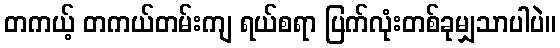
တကယ့် တကယ်တမ်းကျ ရယ်စရာ ပြက်လုံးတစ်ခုမျှသာပါပဲ။